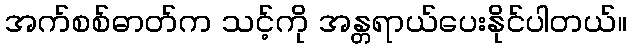
အက်စစ်ဓာတ်က သင့်ကို အန္တရာယ်ပေးနိုင်ပါတယ်။